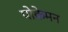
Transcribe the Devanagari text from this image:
पोकेमन